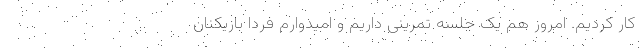
کار کردیم. امروز هم یک جلسه تمرینی داریم و امیدوارم فردا بازیکنان